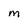
Character: M